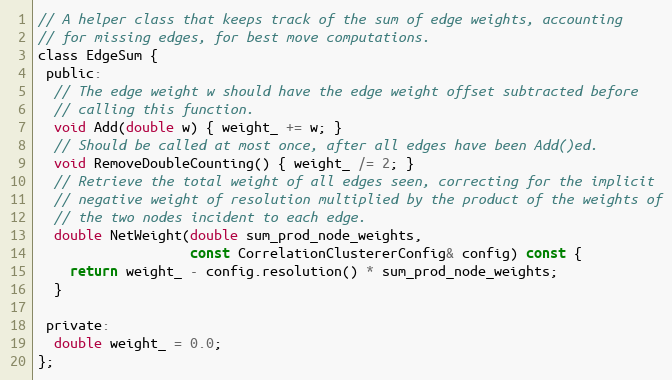
Language: C
// A helper class that keeps track of the sum of edge weights, accounting
// for missing edges, for best move computations.
class EdgeSum {
 public:
  // The edge weight w should have the edge weight offset subtracted before
  // calling this function.
  void Add(double w) { weight_ += w; }
  // Should be called at most once, after all edges have been Add()ed.
  void RemoveDoubleCounting() { weight_ /= 2; }
  // Retrieve the total weight of all edges seen, correcting for the implicit
  // negative weight of resolution multiplied by the product of the weights of
  // the two nodes incident to each edge.
  double NetWeight(double sum_prod_node_weights,
                   const CorrelationClustererConfig& config) const {
    return weight_ - config.resolution() * sum_prod_node_weights;
  }

 private:
  double weight_ = 0.0;
};